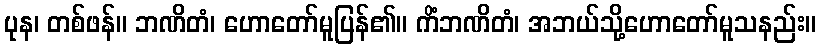
ပုန၊ တစ်ဖန်။ ဘဏိတံ၊ ဟောတော်မူပြန်၏။ ကိံဘဏိတံ၊ အဘယ်သို့ဟောတော်မူသနည်း။